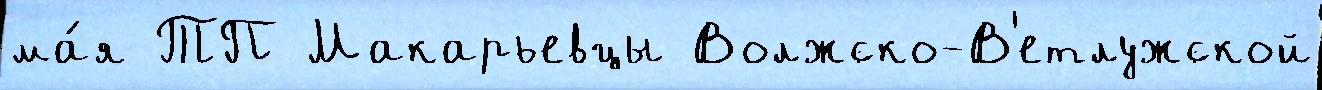
ма́я ТП Макарьевцы Волжско-В'етлужской